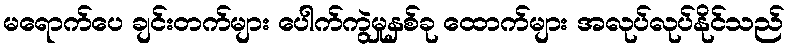
မရောက်ပေ ချင်းတက်များ ပေါက်ကွဲမှုနှစ်ခု ထောက်များ အလုပ်လုပ်နိုင်သည်